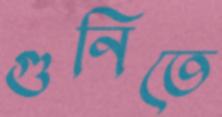
গুনিতে